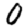
Digit: 0